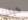
كينيا